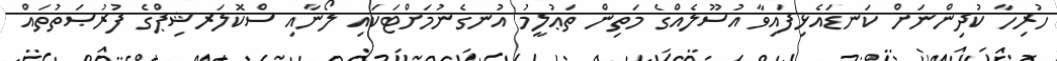
ހުރިހާ ކުދިންނަށް ކަނޑައެޅިފައިވާ އުސޫލެއްގެ މަތިން ތަޢުލީމު އުނގެނުމަށްޓަކައި ލޯނާއި ސްކޮލަރޝިޕްގެ ފުރުޞަތުތައް